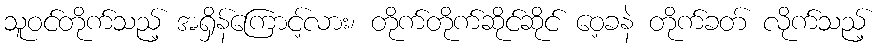
သူဝင်တိုက်သည့် အရှိန်ကြောင့်လား၊ တိုက်တိုက်ဆိုင်ဆိုင် ဝေ့ခနဲ တိုက်ခတ် လိုက်သည့်